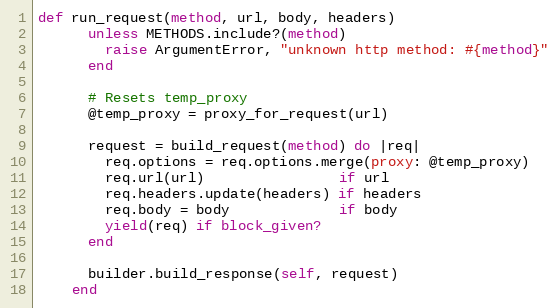
Language: Ruby
def run_request(method, url, body, headers)
      unless METHODS.include?(method)
        raise ArgumentError, "unknown http method: #{method}"
      end

      # Resets temp_proxy
      @temp_proxy = proxy_for_request(url)

      request = build_request(method) do |req|
        req.options = req.options.merge(proxy: @temp_proxy)
        req.url(url)                if url
        req.headers.update(headers) if headers
        req.body = body             if body
        yield(req) if block_given?
      end

      builder.build_response(self, request)
    end